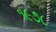
૧૯૭૮